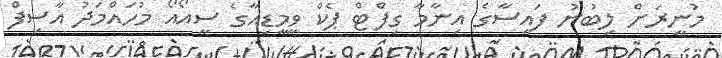
މުނީރަށް ލިބުނު ފައިސާގެ އިނާމާ ގިފްޓް ޕެކް ވީމީޑިއާގެ ސީއޯއޯ މުހައްމަދު އާސިފް